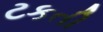
ટકતી